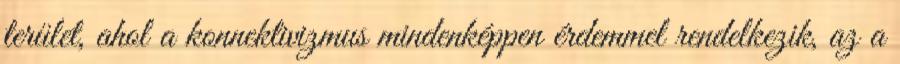
terület, ahol a konnektivizmus mindenképpen érdemmel rendelkezik, az a